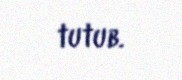
tutub.